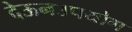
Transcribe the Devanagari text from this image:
देऊनउपयोग